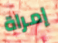
إمراة